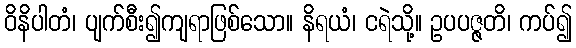
ဝိနိပါတံ၊ ပျက်စီး၍ကျရာဖြစ်သော။ နိရယံ၊ ငရဲသို့။ ဥပပဇ္ဇတိ၊ ကပ်၍